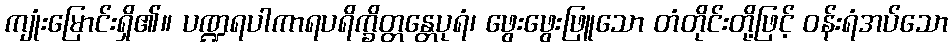
ကျုံးမြောင်းရှိ၏။ ပဏ္ဍရပါကာရပရိက္ခိတ္တန္တေပုရံ၊ ဖွေးဖွေးဖြူသော တံတိုင်းတို့ဖြင့် ဝန်းရံအပ်သော